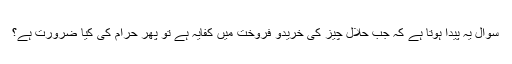
سوال یہ پیدا ہوتا ہے کہ جب حلال چیز کی خریدو فروخت میں کفایہ ہے تو پھر حرام کی کیا ضرورت ہے؟